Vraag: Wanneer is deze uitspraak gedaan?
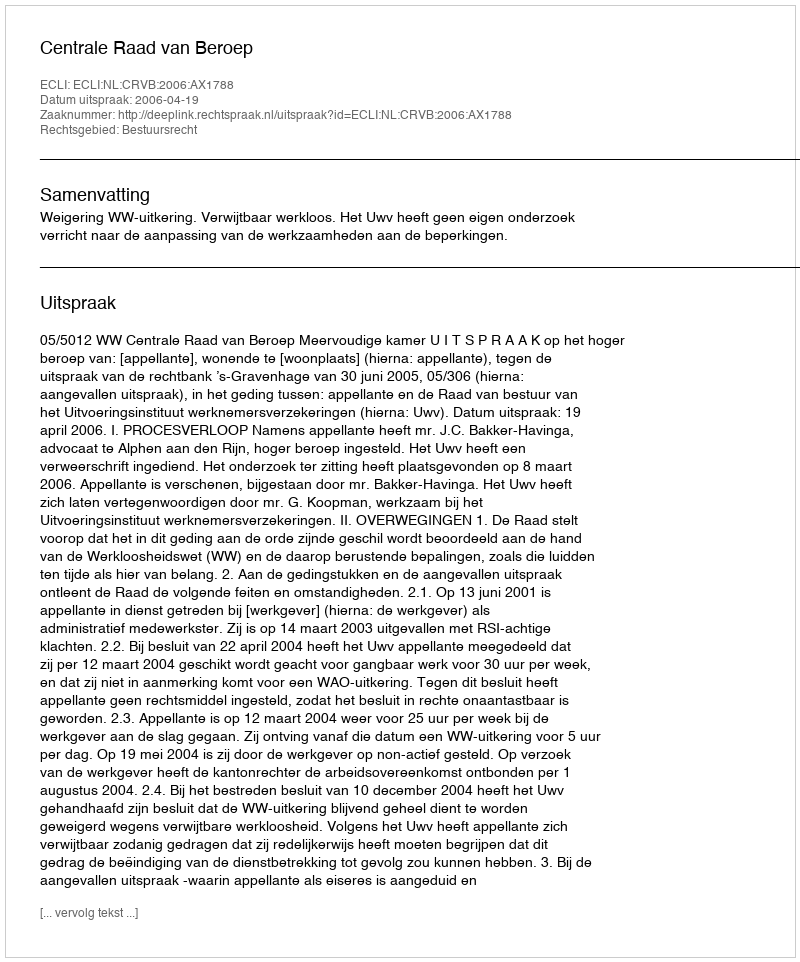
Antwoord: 2006-04-19